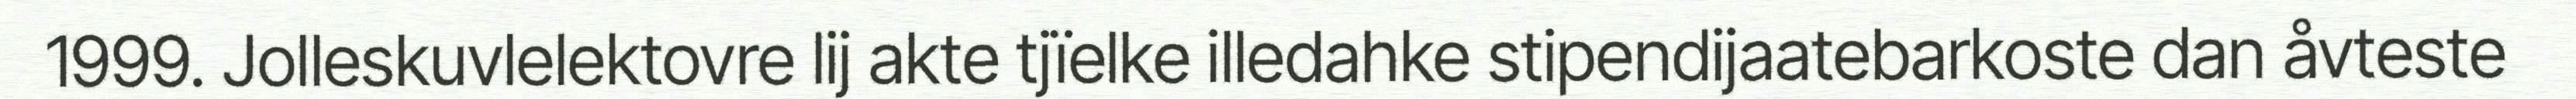
1999. Jolleskuvlelektovre lij akte tjïelke illedahke stipendijaatebarkoste dan åvteste